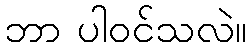
ဘာ ပါဝင်သလဲ။